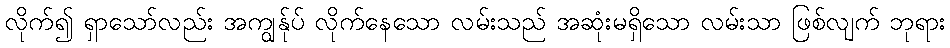
လိုက်၍ ရှာသော်လည်း အကျွန်ုပ် လိုက်နေသော လမ်းသည် အဆုံးမရှိသော လမ်းသာ ဖြစ်လျက် ဘုရား